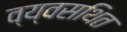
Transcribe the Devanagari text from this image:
व्य्वसथित